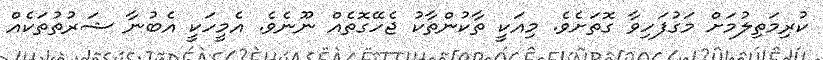
ކުރިމަތިލުމަށް މަގުފަހިވާ ގޮތަށެވެ. މިއަކީ ތާކުންތާކު ޖެހޭގޮތެއް ނޫނެވެ. އެމީހަކީ އެބުނާ ޝަރުތުތަކެއް